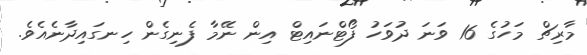
މާރިޗް މަހުގެ 16 ވަނަ ދުވަހު ފޯޓްނައިޓް އިން ނޭމާ ފެނިގެން ހިނގައިދާނެއެވެ.